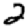
Digit: 2